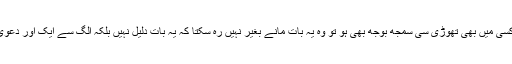
جس کسی میں بھی تھوڑی سی سمجھ بوجھ بھی ہو تو وہ یہ بات مانے بغیر نہیں رہ سکتا کہ یہ بات دلیل نہیں بلکہ الگ سے ایک اور دعویٰ ہے۔